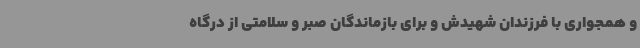
و همجواری با فرزندان شهیدش و برای بازماندگان صبر و سلامتی از درگاه